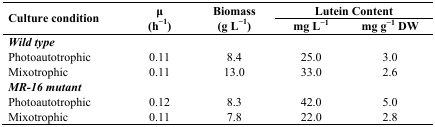
<table><thead><tr><td rowspan="2"><b>Culture condition</b></td><td rowspan="2"><b>μ (h<sup>−1</sup>)</b></td><td rowspan="2"><b>Biomass (g L<sup>−1</sup>)</b></td><td colspan="2"><b>Lutein Content</b></td></tr><tr><td><b>mg L<sup>−1</sup></b></td><td><b>mg g<sup>−1</sup> DW</b></td></tr></thead><tbody><tr><td colspan="5"><b><i>Wild type</i></b></td></tr><tr><td>Photoautotrophic</td><td>0.11</td><td>8.4</td><td>25.0</td><td>3.0</td></tr><tr><td>Mixotrophic</td><td>0.11</td><td>13.0</td><td>33.0</td><td>2.6</td></tr><tr><td colspan="5"><b><i>MR-16 mutant</i></b></td></tr><tr><td>Photoautotrophic</td><td>0.12</td><td>8.3</td><td>42.0</td><td>5.0</td></tr><tr><td>Mixotrophic</td><td>0.11</td><td>7.8</td><td>22.0</td><td>2.8</td></tr></tbody></table>